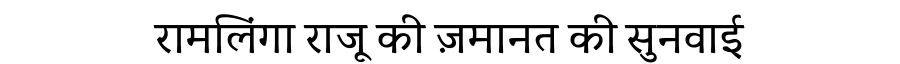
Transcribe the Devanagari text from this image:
रामलिंगा राजू की ज़मानत की सुनवाई